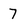
Character: 7